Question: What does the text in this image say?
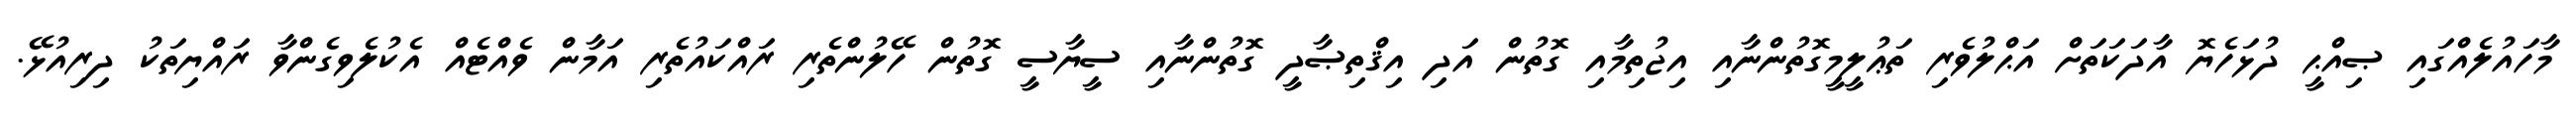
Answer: މާހައުލެއްގައި ޞިއްޙީ ދުޅަހެޔޮ އާދަކަތަށް އަޙްލުވެރި ތަޢުލީމީގޮތުންނާއި އިޖުތިމާއި ގޮތުން އަދި އިޤްތިޞާދީ ގޮތުންނާއި ސީޔާސީ ގޮތުން ހޭލުންތެރި ރައްކައުތެރި އަމާން ވެއްޓެއް އެކުލެވިގެންވާ ރައްޔިތަކު ދިރިއުޅޭ.